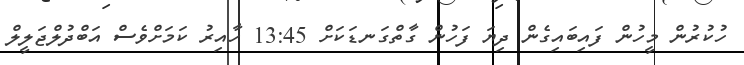
ހުކުރުން މީހުން ފައިބައިގެން ދިޔަ ފަހުން ގާތްގަނޑަކަށް 13:45 ހާއިރު ކަމަށްވެސް އަބްދުލްޖަލީލް